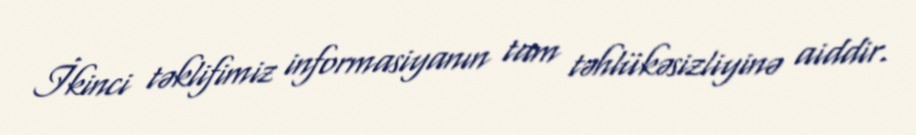
İkinci təklifimiz informasiyanın tam təhlükəsizliyinə aiddir.